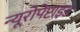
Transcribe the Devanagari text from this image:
न्यूरोपेप्टाइड